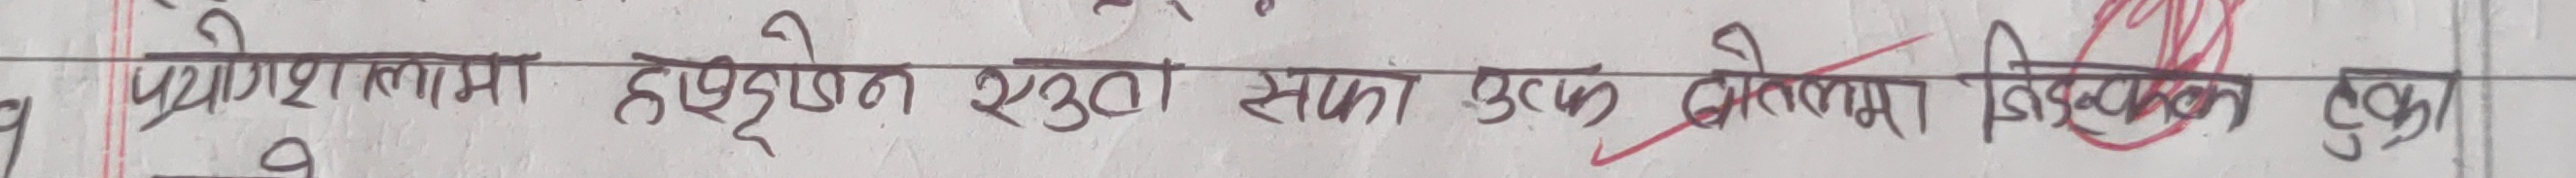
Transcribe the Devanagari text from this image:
प्रगेशालमा हाइडेन सुतो सफा पढ्न केतला निडनका ठुला